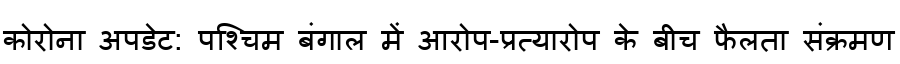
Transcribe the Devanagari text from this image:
कोरोना अपडेट: पश्चिम बंगाल में आरोप-प्रत्यारोप के बीच फैलता संक्रमण